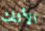
الأثاث